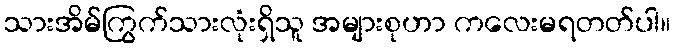
သားအိမ်ကြွက်သားလုံးရှိသူ အများစုဟာ ကလေးမရတတ်ပါ။